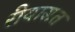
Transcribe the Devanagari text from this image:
रीयासत